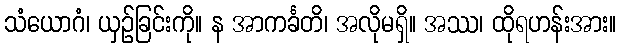
သံယောဂံ၊ ယှဉ်ခြင်းကို။ န အာကင်္ခတိ၊ အလိုမရှိ။ အဿ၊ ထိုရဟန်းအား။